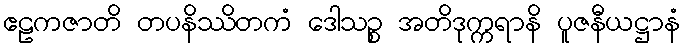
ဧဠကဇာတိ တပနိဿိတကံ ဒေါသဉ္စ အတိဒုက္ကရာနိ ပူဇနီယဋ္ဌာနံ